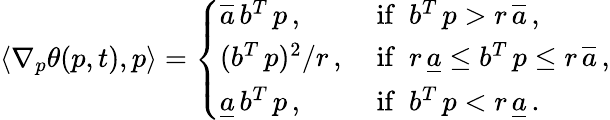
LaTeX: \langle\nabla_{p}\theta(p,t),p\rangle=\left\{ \begin{array}{ll}{\overline{{a}}\, b^{T}\, p\, ,}&{\mathrm{~if\ \ }b^{T}\, p>r\, \overline{{a}}\, ,}\\ {(b^{T}\, p)^{2}/r\, ,}&{\mathrm{~if\ \ }r\, \underline{{a}}\le b^{T}\, p\le r\, \overline{{a}}\, ,}\\ {\underline{{a}}\, b^{T}\, p\, ,}&{\mathrm{~if\ \ }b^{T}\, p<r\, \underline{{a}}\, .}\end{array}\right.